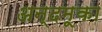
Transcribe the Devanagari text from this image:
अन्दमूका